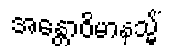
အန္တောဝိမာနသ္မိံ